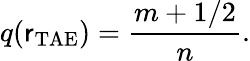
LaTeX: q(\mathsf{r}_{\mathrm{{TAE}}})=\frac{{m+1/2}}{{n}}.